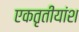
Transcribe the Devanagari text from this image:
एकतृतीयांश